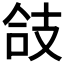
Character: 𢻆